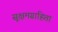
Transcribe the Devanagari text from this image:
सूक्षमग्राहिता